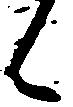
々